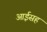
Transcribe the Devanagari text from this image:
आईसह